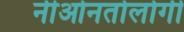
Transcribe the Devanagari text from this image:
नीओनतोलोगी